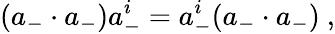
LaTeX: (a_{-}\cdot a_{-})a_{-}^{i}=a_{-}^{i}(a_{-}\cdot a_{-})\ ,